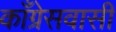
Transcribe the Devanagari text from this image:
काँग्रेसवासी